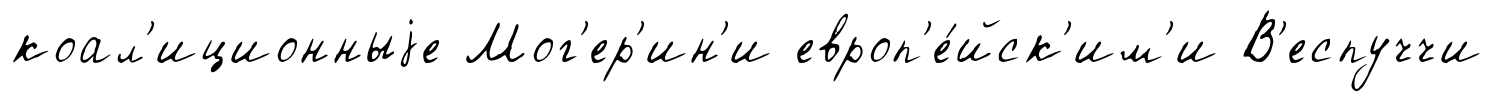
коал'иционныjе Мог'ер'ин'и европ'е́йск'им'и В'еспуччи